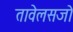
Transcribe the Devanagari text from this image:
तावेलसजो